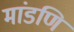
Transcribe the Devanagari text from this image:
मांडणि